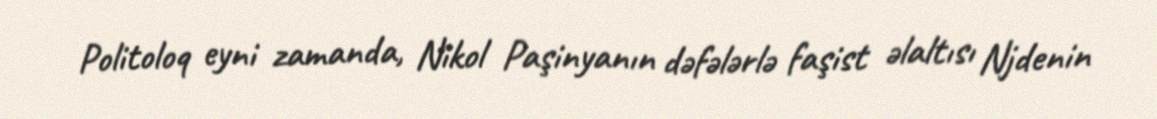
Politoloq eyni zamanda, Nikol Paşinyanın dəfələrlə faşist əlaltısı Njdenin